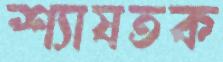
শ্যাষতক